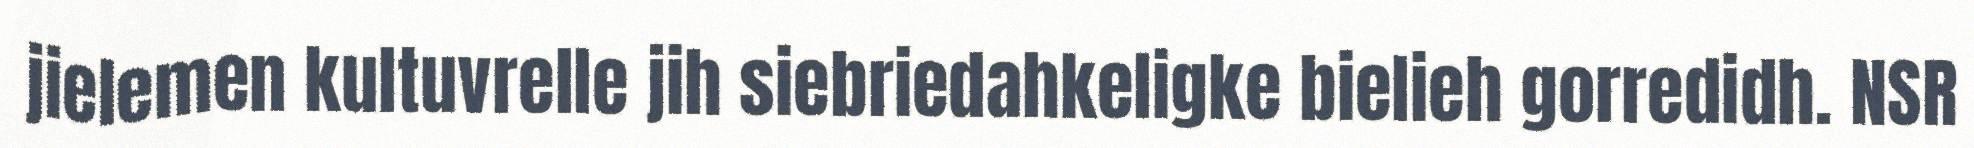
jielemen kultuvrelle jih siebriedahkeligke bielieh gorredidh. NSR